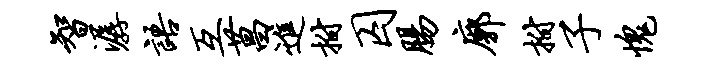
智潺语互菖进拊囚肠廓拊子愧